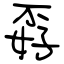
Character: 孬